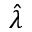
\hat { \lambda }